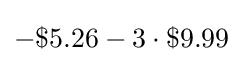
-\$5.26-3\cdot \$9.99